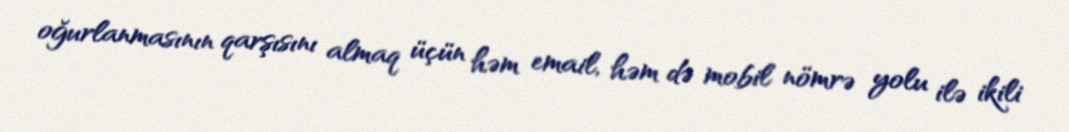
oğurlanmasının qarşısını almaq üçün həm email, həm də mobil nömrə yolu ilə ikili